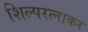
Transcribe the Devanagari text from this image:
शिल्परत्नाकर